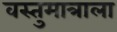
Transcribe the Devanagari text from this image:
वस्तुमात्राला